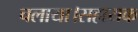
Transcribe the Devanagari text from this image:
चलाया।सहायक